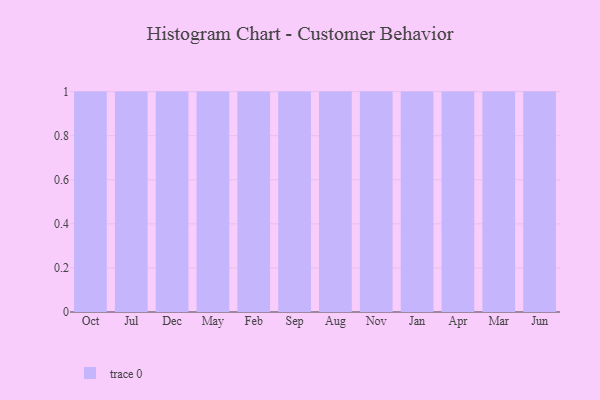
{"axis": {"x": "Month", "y": "Page Views"}, "legend": [""], "data": [{"x": "Oct", "y": 4, "type": ""}, {"x": "Jul", "y": 47, "type": ""}, {"x": "Dec", "y": 85, "type": ""}, {"x": "May", "y": 86, "type": ""}, {"x": "Feb", "y": 52, "type": ""}, {"x": "Sep", "y": 46, "type": ""}, {"x": "Aug", "y": 64, "type": ""}, {"x": "Nov", "y": 42, "type": ""}, {"x": "Jan", "y": 84, "type": ""}, {"x": "Apr", "y": 6, "type": ""}, {"x": "Mar", "y": 77, "type": ""}, {"x": "Jun", "y": 6, "type": ""}]}